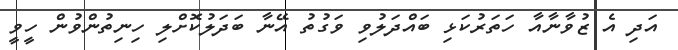
އަދި އެ ޒުވާނާއާ ހަތަރުކަޅި ބައްދަލުވި ވަގުތު އޭނާ ބަދަލުކޮށްލި ހިނިތުންވުން ހީވީ